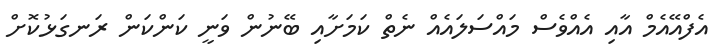
އެފްއޭއެމް އާއި އެއްވެސް މައްސަލައެއް ނެތް ކަމަށާއި ބޭނުން ވަނީ ކަންކަން ރަނގަޅުކޮށް